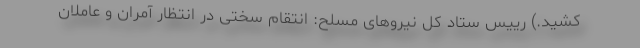
کشید.) رییس ستاد کل نیروهای مسلح: انتقام سختی در انتظار آمران و عاملان